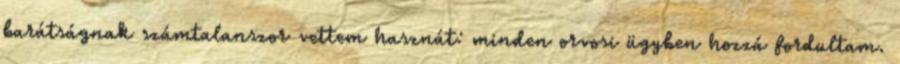
barátságnak számtalanszor vettem hasznát: minden orvosi ügyben hozzá fordultam.